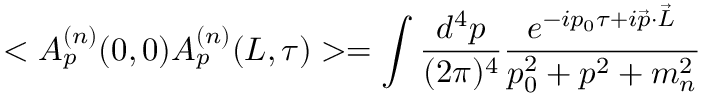
< A _ { p } ^ { ( n ) } ( 0 , 0 ) A _ { p } ^ { ( n ) } ( L , \tau ) > = \int \frac { d ^ { 4 } p } { ( 2 \pi ) ^ { 4 } } \frac { e ^ { - i p _ { 0 } \tau + i \vec { p } \cdot \vec { L } } } { p _ { 0 } ^ { 2 } + p ^ { 2 } + m _ { n } ^ { 2 } }